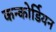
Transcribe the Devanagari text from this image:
कन्कोर्डियन